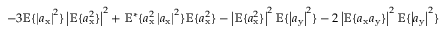
- 3 \mathbb { E } \{ \left| a _ { \mathrm { x } } \right| ^ { 2 } \} \left| \mathbb { E } \{ a _ { \mathrm { x } } ^ { 2 } \} \right| ^ { 2 } + \mathbb { E } ^ { * } \{ a _ { \mathrm { x } } ^ { 2 } \left| a _ { \mathrm { x } } \right| ^ { 2 } \} \mathbb { E } \{ a _ { \mathrm { x } } ^ { 2 } \} - \left| \mathbb { E } \{ a _ { \mathrm { x } } ^ { 2 } \} \right| ^ { 2 } \mathbb { E } \{ \left| a _ { \mathrm { y } } \right| ^ { 2 } \} - 2 \left| \mathbb { E } \{ a _ { \mathrm { x } } a _ { \mathrm { y } } \} \right| ^ { 2 } \mathbb { E } \{ \left| a _ { \mathrm { y } } \right| ^ { 2 } \}